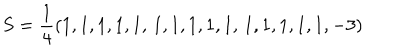
LaTeX: S = \frac 1 4 ( 1 , 1 , 1 , 1 , 1 , \, 1 , 1 , 1 , 1 , 1 , \, 1 , 1 , 1 , 1 , 1 , - 3 )